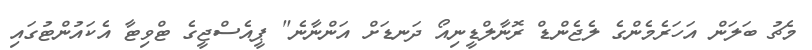
މެޗު ބަލަން އަހަރެމެންގެ ލެޖެންޑް ރޮނާލްޑީނިއޯ ދަނޑަށް އަންނާނެ" ޕީއެސްޖީގެ ޓްވިޓާ އެކައުންޓުގައި